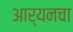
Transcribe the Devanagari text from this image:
आर्यनचा